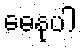
ဓေနုပါ